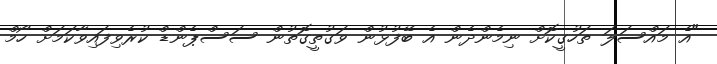
"އެ މައްސަލަ ތަހުގީކޮށް ނިމެންދެން އެ ބޭފުޅުން ވަގުތީގޮތުން ސަސްޕެންޑް ކުރެވިފައިވާކަމަށް ހޯމް